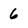
Character: 6